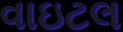
વાઇટલ